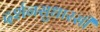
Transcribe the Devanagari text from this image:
दर्शनसुधारसी